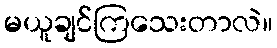
မယူချင်ကြသေးတာလဲ။